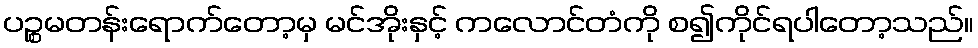
ပဉ္စမတန်းရောက်တော့မှ မင်အိုးနှင့် ကလောင်တံကို စ၍ကိုင်ရပါတော့သည်။